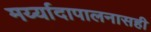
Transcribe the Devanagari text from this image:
मर्य्यादापालनासही